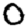
Digit: 0